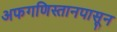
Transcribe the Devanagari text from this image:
अफगणिस्तानपासून